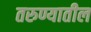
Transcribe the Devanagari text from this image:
तरुण्यातील